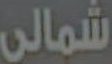
شمالي